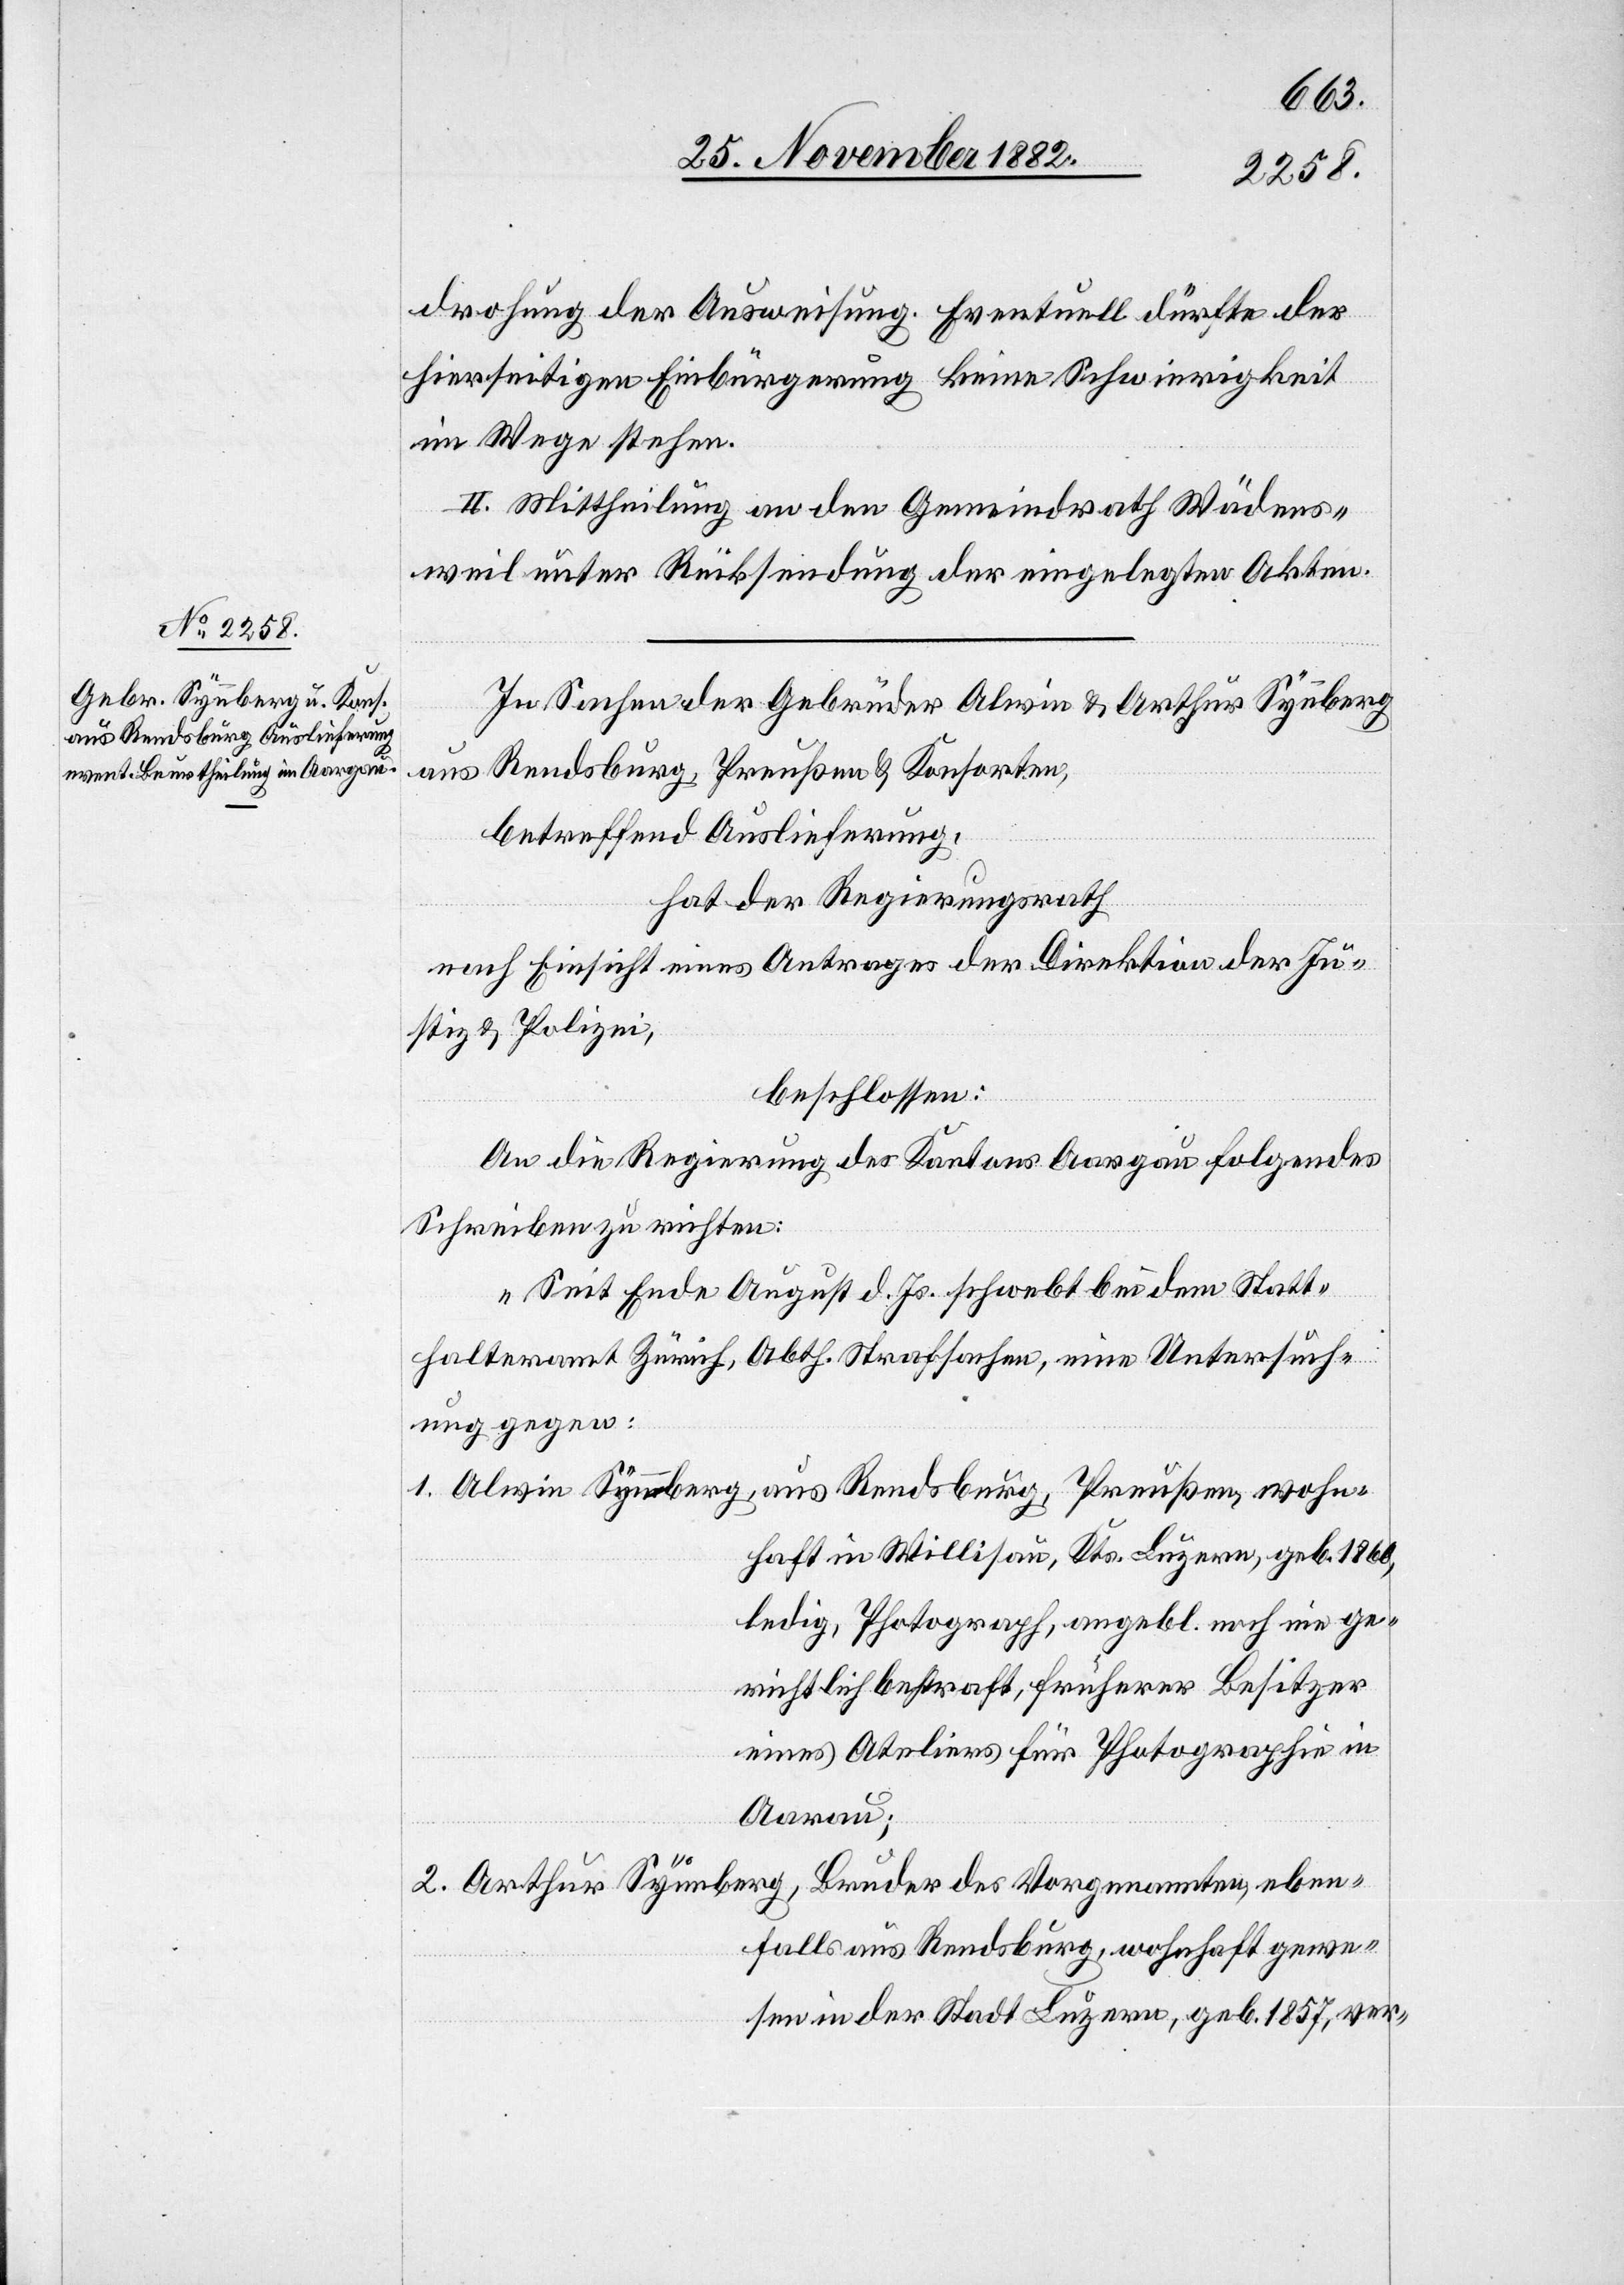
drohung der Ausweisung. Eventuell dürfte der
hierseitigen Einbürgerung keine Schwierigkeit
im Wege stehen.
II. Mittheilung an den Gemeindrath Wädens¬
weil unter Rücksendung der eingelegten Akten.
In Sachen der Gebrüder Alwin & Arthur Synnberg
Rendsburg, Preußen & Konsorten,
aus
betreffend Auslieferung,
hat der Regierungsrath,
nach Einsicht eines Antrages der Direktion der Ju¬
stiz & Polizei,
beschlossen:
An die Regierung des Kantons Aargau folgendes
Schreiben zu richten:
„Seit Ende August d. Js. schwebt bei dem Statt¬
halteramt Zürich, Abth. Strafsachen, eine Untersuch¬
ung gegen:
1. Alwin Synnberg, aus Rendsburg, Preußen, wohn¬
haft in Willisau, Kts. Luzern, geb. 1860,
ledig, Photograph, angebl. noch nie ge¬
richtlich bestraft, früherer Besitzer
eines Ateliers für Photographie in
Aarau;
2. Arthur Synnberg, Bruder des Vorgenannten, eben¬
falls aus Rendsburg, wohnhaft gewe¬
sen in der Stadt Luzern, geb. 1857, ver-